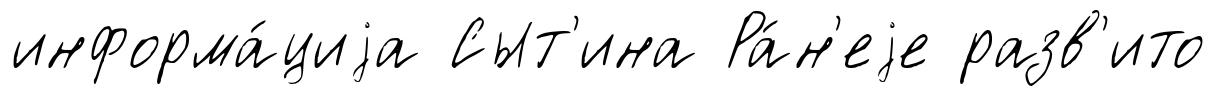
информа́циjа Сыт'ина Ра́н'еjе разв'ито